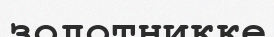
золотникке